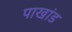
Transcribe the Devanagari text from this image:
पाखांड